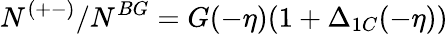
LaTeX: N^{(+-)}/N^{BG}=G(-\eta)(1+\Delta_{1C}(-\eta))